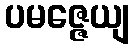
ပမဇ္ဇေယျ